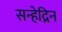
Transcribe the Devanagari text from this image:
सन्हेद्रिन